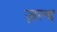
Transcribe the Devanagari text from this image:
ज़ल्द